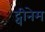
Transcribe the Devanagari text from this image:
ट्वीनेम